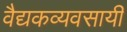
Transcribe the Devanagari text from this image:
वैद्यकव्यवसायी